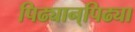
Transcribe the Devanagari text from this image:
पिढ्यान्‌पिढ्या